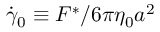
\dot { \gamma } _ { 0 } \equiv F ^ { \ast } / 6 \pi \eta _ { 0 } a ^ { 2 }